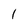
Character: 1